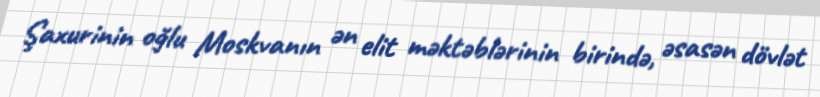
Şaxurinin oğlu Moskvanın ən elit məktəblərinin birində, əsasən dövlət